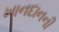
ખાનદાનની